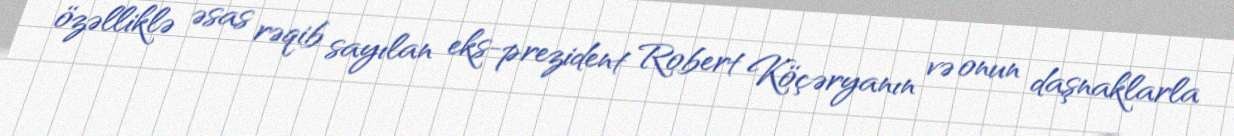
özəlliklə əsas rəqib sayılan eks-prezident Robert Köçəryanın və onun daşnaklarla